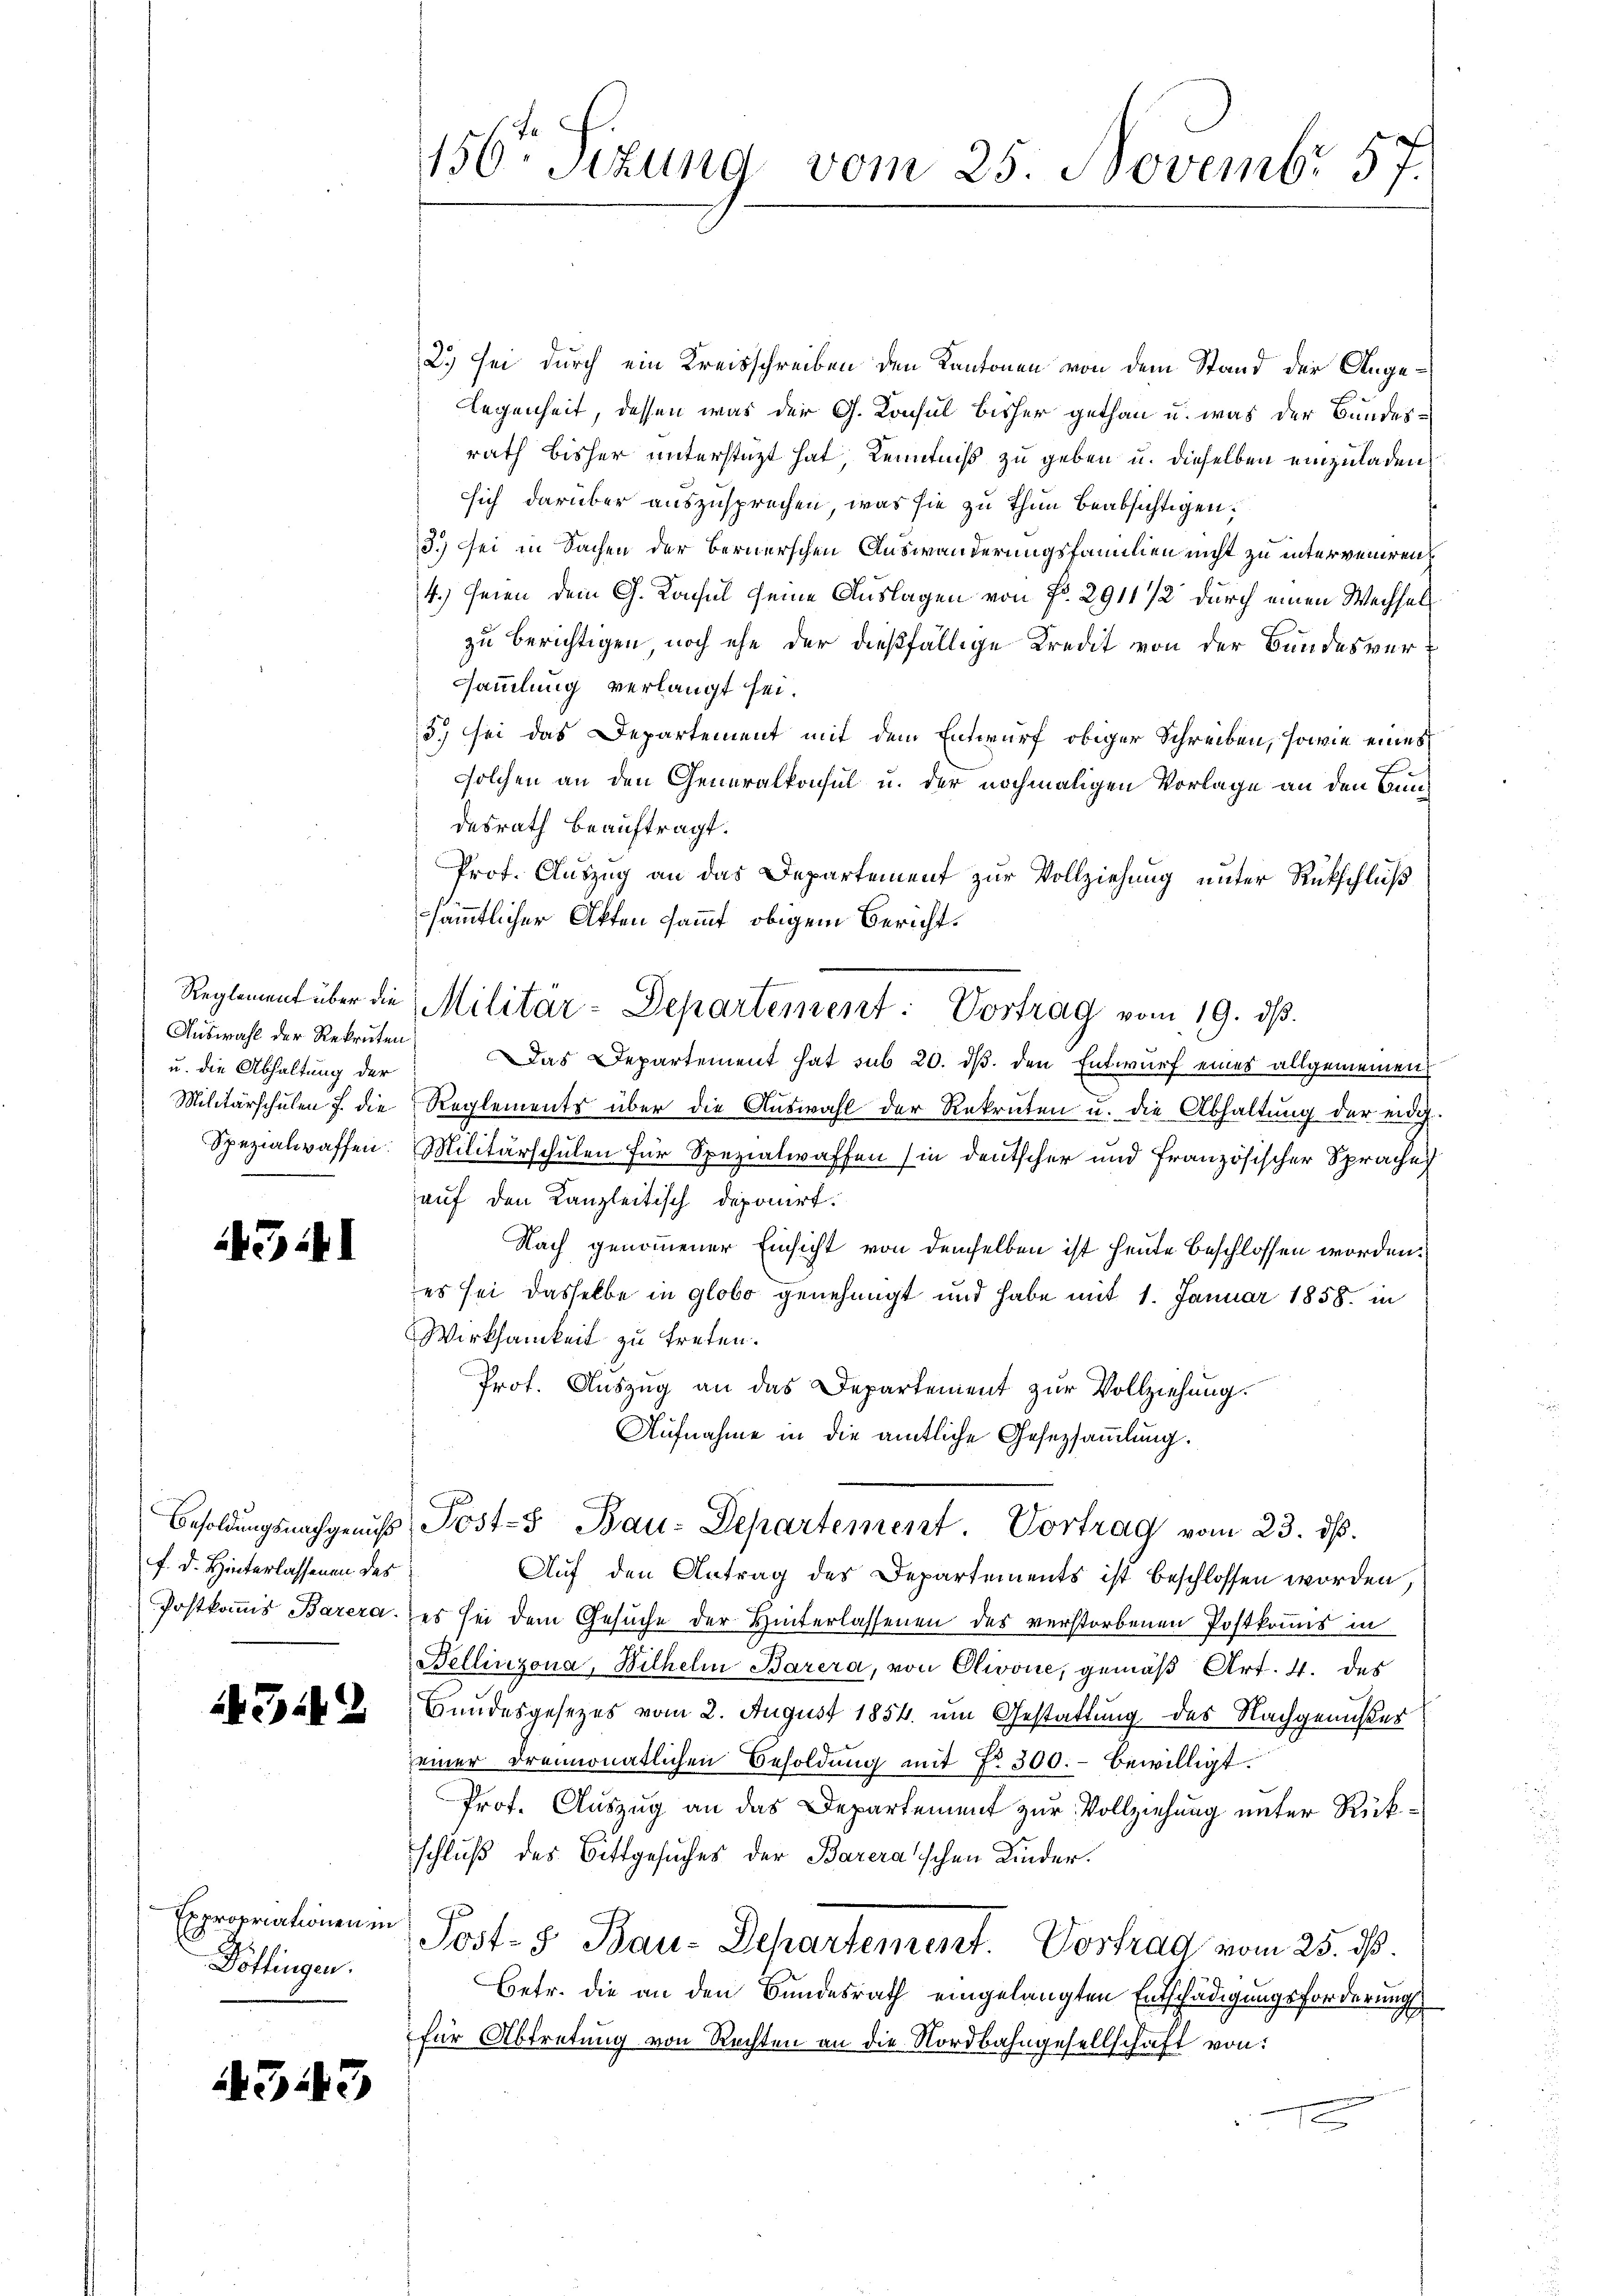
u. die Abhaltung der

4341

f. d. Hinterlassenen des

3142

Expropriationen in
Döflingen.

4343

2.) sei durch ein Kreisschreiben den Kantonen von dem Stand der Angeegenheit, dessen was der G. Konsul bisher gethan u. was der Bundesrath bisher unterstüzt hat, Kenntniß zu geben u. dieselben einzuladen,
ssich darüber auszusprechen, was sie zu thun beabsichtigen.
3.) Sei in Sachen der Bernerschen Auswanderungsfammen nicht zu interveniren¬
4.) seien dem C. Konsul seine Auslagen von Fr. 2911 1/2 durch einen Wechselzu berichtigen, noch ehe der dießfällige Kredit von der Bundesver¬
Sammlung verlangt sei.
5. sei das Departement mit dem Entwurf obiger Schreiben, sowie eines
solchen an den Generalkonsul u. der nochmaligen Vorlage an den Bundesrath beauftragt.
Prof. Auszug an das Departement zur Vollziehung unter Rückschluß
sämmtlicher Akten sammt obigem Bericht.
Auswahl der Rekruten Das Departement hat sub 20. ds. den Entwurf eines allgemeinen
Militärschulen f die Reglements über die Auswahl der Rekruten u. die Abhaltung der eidg.
Spezialwaffen. Militärschulen für Spezialwaffen (in deutscher und französischer Sprache
auf den Kanzleitisch deponirt.
Nach genommener Einsicht von demselben ist heute beschlossen worden.
es sei dasselbe in globo genehmigt und habe mit 1. Januar 1858. in
Wirksamkeit zu treten.
Prof. Auszug an das Departement zur Vollziehung.
Aufnahme in die amtliche Gesetzsammlung.
Besoldŭngsnachgeaŭs Post- Bau-Departement Vortrag vom 23. ds.
Auf den Antrag des Departements ist beschlossen worden,
Postkomis Barera, es sei dem Gesuche der Hinterlassenen des verstorbenen Postkommis in
Bellinzona, Wilhelm Barera, von Olivone, gemäβ Art. 4. des
Bundesgesezes vom 2. August 1854 im Gestattung des Nachgenußer
seiner dreimonatlichen Besoldung mit No. 300.- bewilligt.
Prof. Auszug an das Departement zur Vollziehung unter Rückschluß des Bittgesuches der Barera'schen Kinder.
Post- & Bau-Departement. Vortrag vom 25. ds.
Betr. die an den Bundesrath eingelangten Entschädigungsforderung
für Abtretung von Rechten an die Nordbahngesellschaft von

156ten Sizung vom 25. Novembr 57.

Reglement über die Militär-Departement: Vortrag vom 19. dβ.